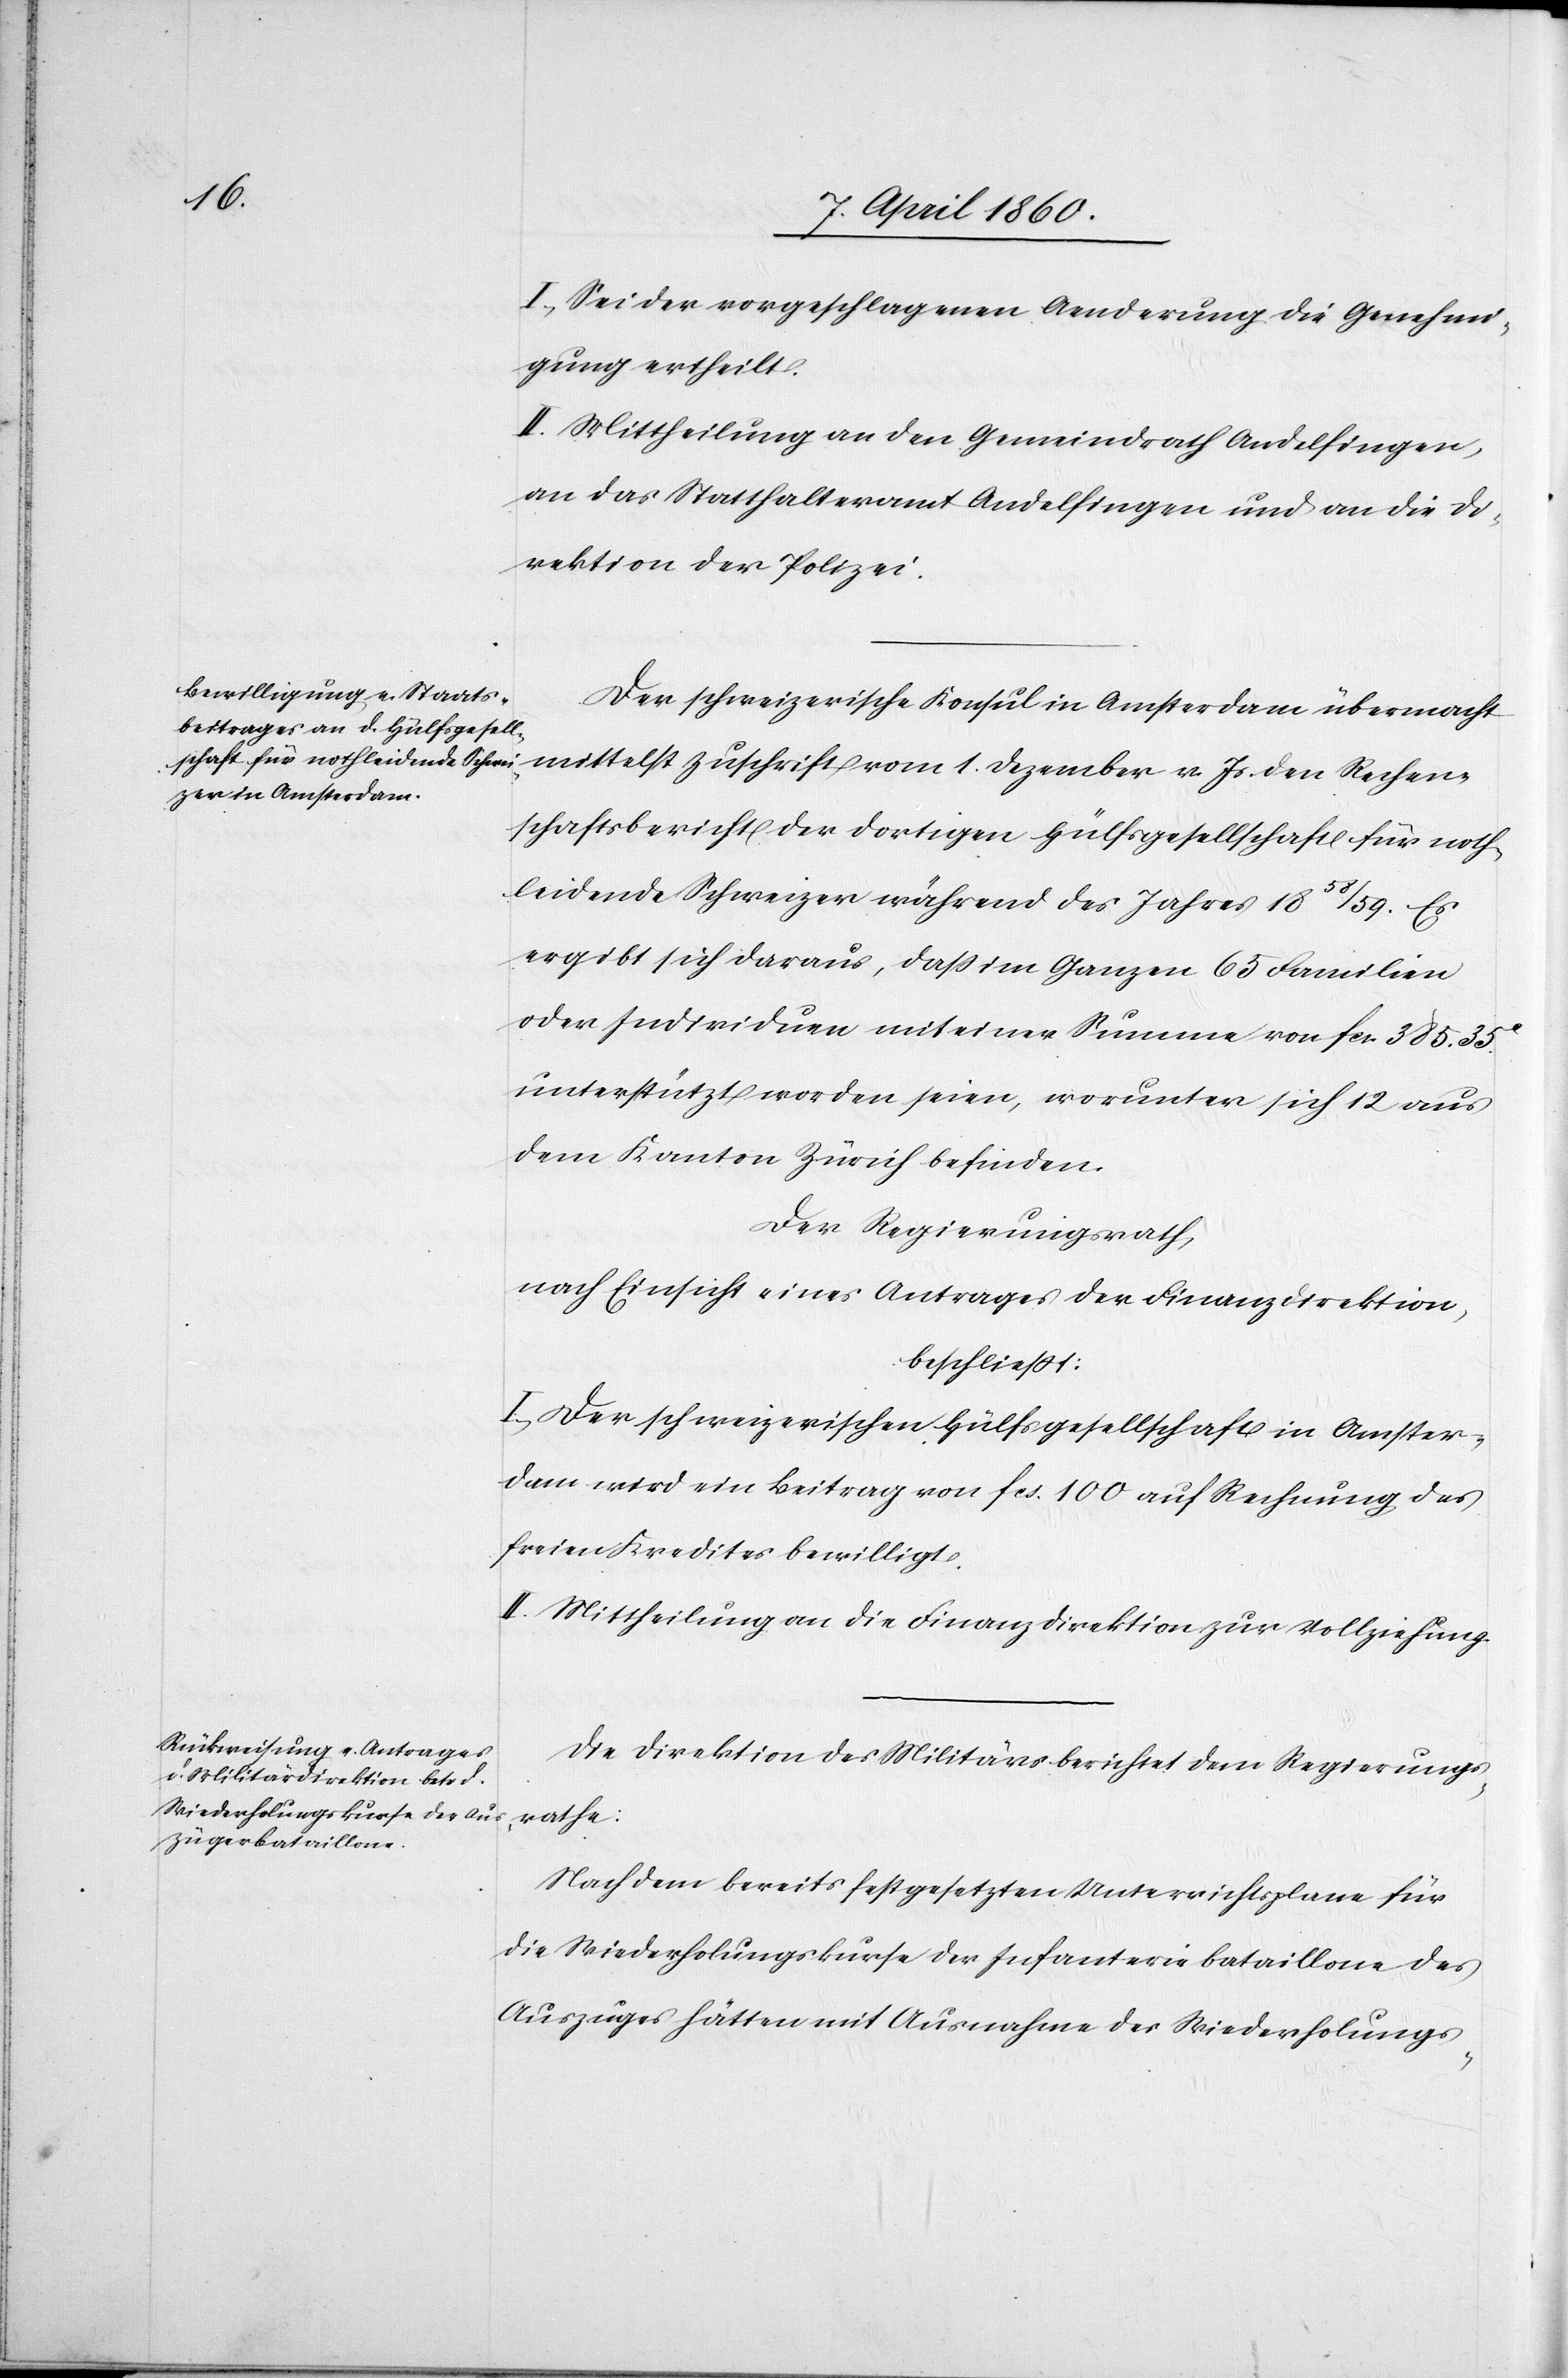
I. Sei der vorgeschlagenen Aenderung die Genehmi¬
gung ertheilt.
II. Mittheilung an den Gemeindrath Andelfingen,
an das Statthalteramt Andelfingen und an die Di¬
rektion der Polizei.
Der schweizerische Konsul in Amsterdam übermacht
mittelst Zuschrift vom 1. Dezember v. Js. den Rechen¬
schaftsbericht der dortigen Hülfsgesellschaft für noth¬
leidende Schweizer während des Jahres 1858/59. Es
ergibt sich daraus, dass im Ganzen 65 Familien
oder Individuen mit einer Summe von fcs. 385 35C
unterstützt worden seien, worunter sich 12 aus
dem Kanton Zürich befinden.
Der Regierungsrath,
nach Einsicht eines Antrages der Finanzdirektion,
beschliesst.
I. Der schweizerischen Hülfsgesellschaft in Amster¬
dam wird ein Beitrag von fcs. 100 auf Rechnung des
freien Kredites bewilligt.
II. Mittheilung an die Finanzdirektion zur Vollziehung.
Die Direktion des Militärs berichtet dem Regierungs¬
rathe:
Nach dem bereits festgesetzten Unterrichtsplane für
die Wiederholungskurse der Infanteriebataillone des
Auszuges hätten mit Ausnahme des Wiederhohlungs-